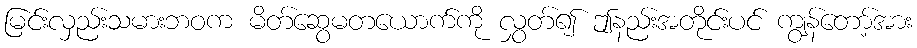
မြင်းလှည်းသမားဘဝက မိတ်ဆွေမတယောက်ကို လွှတ်၍ ဤနည်းအတိုင်းပင် ကျွန်တော့်အား